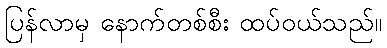
ပြန်လာမှ နောက်တစ်စီး ထပ်ဝယ်သည်။